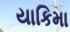
યાકિમા